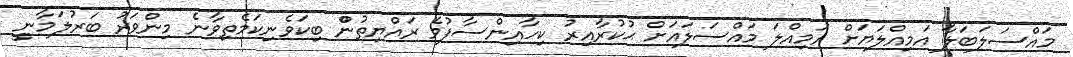
މައްސަލަބަލާާ އަމިއްލަޔަށްް އަމިއްލަަ މައްސަލައަށްް ޙުކުރާއިރުު ކިހާއިންސާފުވެެ ރައްޔިތުންް ބިކަވެނިކަމެތިވާނެެ މިންވަރުު ބަރުލަމާނީީ